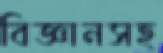
বিজ্ঞানসহ